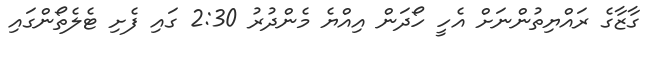
ގާޒާގެ ރައްޔިތުންނަށް އެހީ ހޯދަން އިއްޔެ މެންދުރު 2:30 ގައި ފެށި ޓެލެތޯންގައި